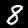
Label: 8